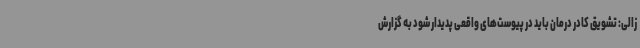
زالی: تشویق کادر درمان باید در پیوست‌های واقعی پدیدار شود به گزارش